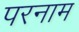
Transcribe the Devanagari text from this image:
परनाम